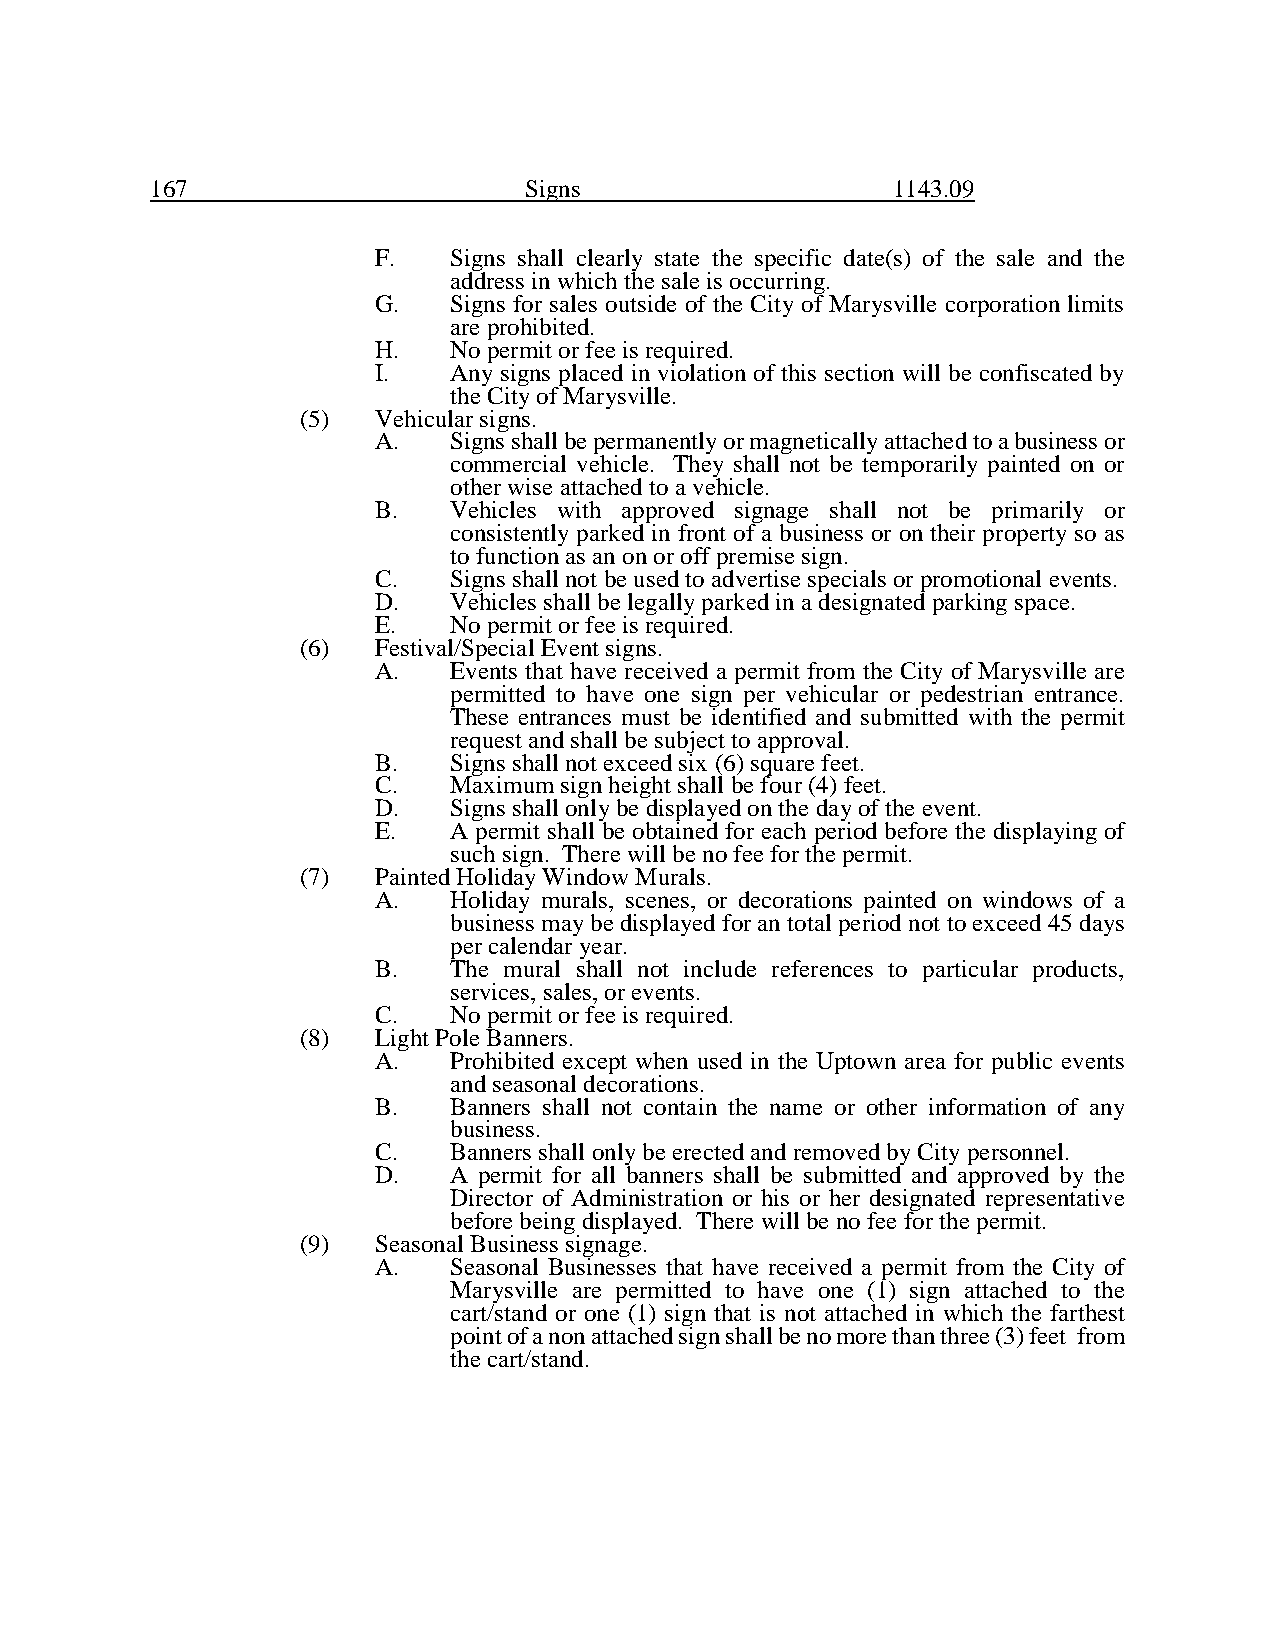
167                      Signs                   1143.09
 F.   Signs shall clearly state the specific date(s) of the sale and the
 address in which the sale is occurring.
 G.   Signs for sales outside of the City of Marysville corporation limits
 are prohibited.
 H.   No permit or fee is required.
 I.   Any signs placed in violation of this section will be confiscated by
 the City of Marysville.
 (5)  Vehicular signs.
 A.   Signs shall be permanently or magnetically attached to a business or
 commercial vehicle. They shall not be temporarily painted on or
 other wise attached to a vehicle.
 B.   Vehicles with approved signage shall not be primarily or
 consistently parked in front of a business or on their property so as
 to function as an on or off premise sign.
 C.   Signs shall not be used to advertise specials or promotional events.
 D.   Vehicles shall be legally parked in a designated parking space.
 E.   No permit or fee is required.
 (6)  Festival/Special Event signs.
 A.   Events that have received a permit from the City of Marysville are
 permitted to have one sign per vehicular or pedestrian entrance.
 These entrances must be identified and submitted with the permit
 request and shall be subject to approval.
 B.   Signs shall not exceed six (6) square feet.
 C.   Maximum sign height shall be four (4) feet.
 D.   Signs shall only be displayed on the day of the event.
 E.   A permit shall be obtained for each period before the displaying of
 such sign. There will be no fee for the permit.
 (7)  Painted Holiday Window Murals.
 A.   Holiday murals, scenes, or decorations painted on windows of a
 business may be displayed for an total period not to exceed 45 days
 per calendar year.
 B.   The mural shall not include references to particular products,
 services, sales, or events.
 C.   No permit or fee is required.
 (8)  Light Pole Banners.
 A.   Prohibited except when used in the Uptown area for public events
 and seasonal decorations.
 B.   Banners shall not contain the name or other information of any
 business.
 C.   Banners shall only be erected and removed by City personnel.
 D.   A permit for all banners shall be submitted and approved by the
 Director of Administration or his or her designated representative
 before being displayed. There will be no fee for the permit.
 (9)  Seasonal Business signage.
 A.   Seasonal Businesses that have received a permit from the City of
 Marysville are permitted to have one (1) sign attached to the
 cart/stand or one (1) sign that is not attached in which the farthest
 point of a non attached sign shall be no more than three (3) feet from
 the cart/stand.